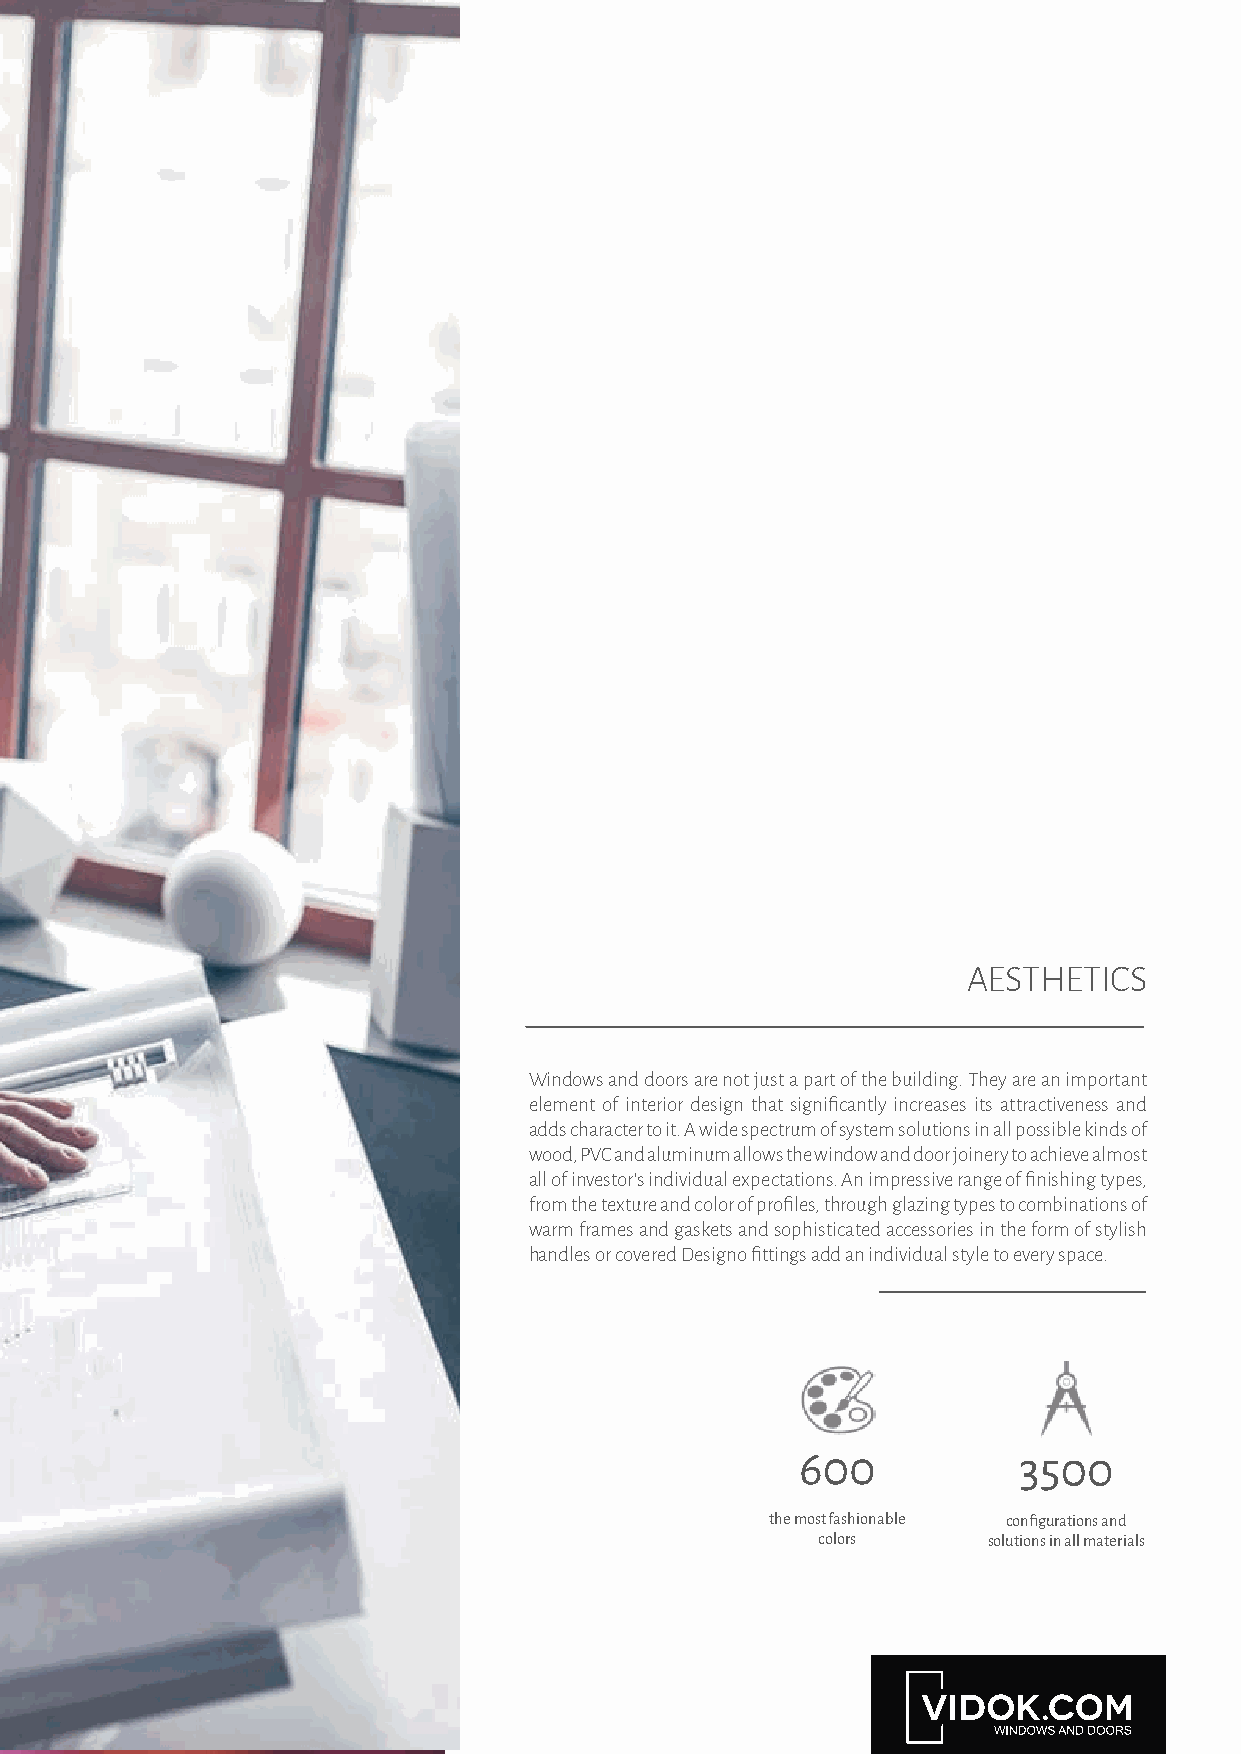
AESTHETICS
 Windows and doors are not just a part of the building. They are an important
 element of interior design that significantly increases its attractiveness and
 adds character to it. A wide spectrum of system solutions in all possible kinds of
 wood, PVC and aluminum allows the window and door joinery to achieve almost
 all of investor’s individual expectations. An impressive range of finishing types,
 from the texture and color of profiles, through glazing types to combinations of
 warm frames and gaskets and sophisticated accessories in the form of stylish
 handles or covered Designo fittings add an individual style to every space.
 600           3500
 the most fashionable configurations and
 colors     solutions in all materials